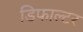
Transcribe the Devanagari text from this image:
डिफाल्टर